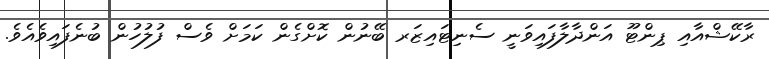
ރާކޭޝްއާއި ޕިންޓޫ އަންދާލާފައިވަނީ ސެނިޓައިޒަރ ބޭނުން ކޮށްގެން ކަމަށް ވެސް ފުލުހުން ބުނެފައިވެއެވެ.